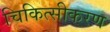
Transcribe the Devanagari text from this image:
चिकित्सीकरण